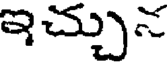
ఇచ్చున